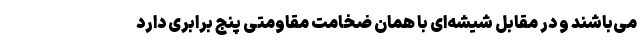
می‌باشند و در مقابل شیشه‌ای با همان ضخامت مقاومتی پنج برابری دارد